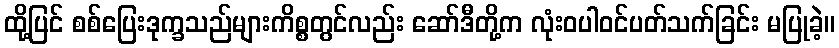
ထို့ပြင် စစ်ပြေးဒုက္ခသည်များကိစ္စတွင်လည်း ဆော်ဒီတို့က လုံးဝပါဝင်ပတ်သက်ခြင်း မပြုခဲ့။